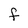
Character: f